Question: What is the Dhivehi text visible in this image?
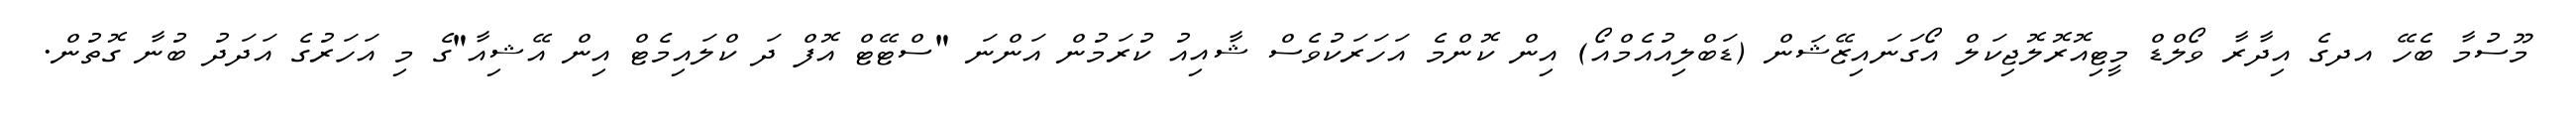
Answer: މޫސުމާ ބެހޭ އދގެ އިދާރާ ވޯލްޑް މީޓިއޮރޮލޮޖިކަލް އޯގަނައިޒޭޝަން (ޑަބްލިއުއެމްއޯ) އިން ކޮންމެ އަހަރަކުވެސް ޝާއިއު ކުރަމުން އަންނަ "ސްޓޭޓް އޮފް ދަ ކްލައިމެޓް އިން އޭޝިއާ"ގެ މި އަހަރުގެ އަދަދު ބުނާ ގޮތުން.